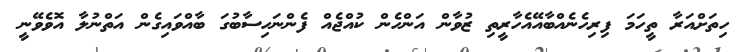
ހިތަށްއަރާ ތީހަމަ ފިރިހެނެއްބާއޭއެހާރީތި ޒުވާން އަންހެން ކުއްޖެއް ފެންނަހިސާބުގަ ބާއްވައިގެން އަތްނުލާ އޮވެވޭނީ